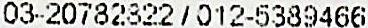
03-20782822 / 012-5389466